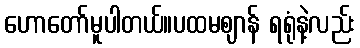
ဟောတော်မူပါတယ်။ပထမဈာန် ရရုံနဲ့လည်း